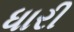
ધારી